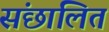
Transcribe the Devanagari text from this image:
संछालित